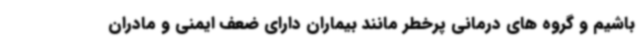
باشیم و گروه های درمانی پرخطر مانند بیماران دارای ضعف ایمنی و مادران